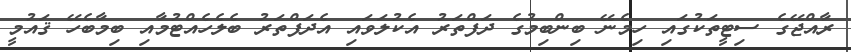
ރާއްޖޭގެ ސިޓީތަކުގައި ހިމެނޭ ބިންބިމުގެ ދަފްތަރު އެކުލަވައި އެދަފްތަރު ބެލެހެއްޓުމާއި ބިމާބެހޭ ޤައުމީ